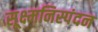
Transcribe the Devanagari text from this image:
सूक्ष्मनिस्पंदन